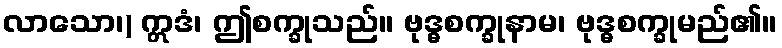
လာသော၊) ဣဒံ၊ ဤစက္ခုသည်။ ဗုဒ္ဓစက္ခုနာမ၊ ဗုဒ္ဓစက္ခုမည်၏။